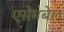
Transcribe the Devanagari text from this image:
एसेमबेल